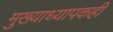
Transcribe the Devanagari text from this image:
मुख्याध्यापकही